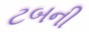
ટબની